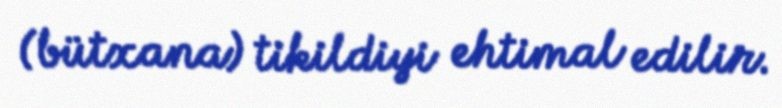
(bütxana) tikildiyi ehtimal edilir.